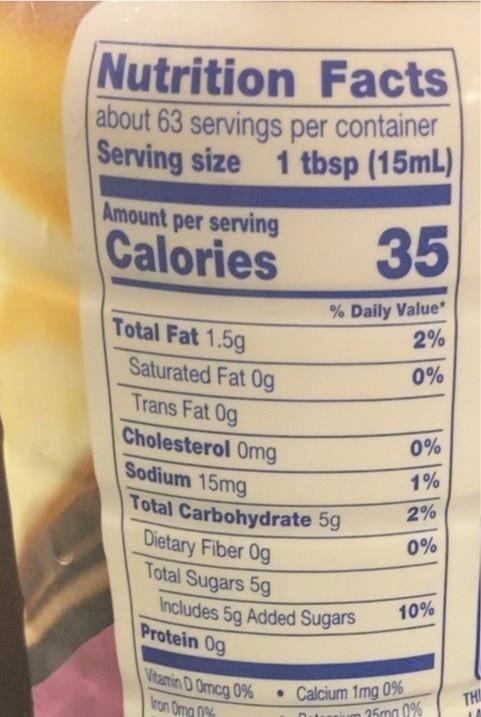
Nutrition Facts about 63 servings per container Serving size 1 tbsp (15mL)
Amount per serving
Calories
35
% Daily Value* 2%
Total Fat 1.5g
Saturated Fat Og
0%
Trans Fat 0g
Cholesterol Omg
0%
Sodium 15mg
1%
Total Carbohydrate 5g Dietary Fiber Og Total Sugars 5g
2%
0%
Includes 5g Added Sugars Protein 0g
10%
Vitamin D Omcg 0%
• Calcium 1mg 0%
TH
Iron Omg 0%
Dutuum 25mg 0%